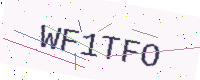
Text: WF1TFO